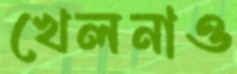
খেলনাও